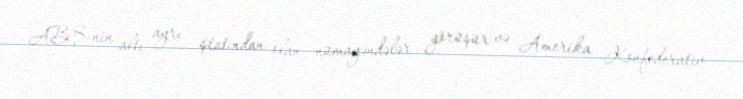
ABŞ-nin altı ayrı ştatından olan nümayəndələr görüşür və Amerika Konfederativ